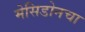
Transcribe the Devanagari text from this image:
मेसिडोनचा